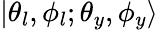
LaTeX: |\theta_{l},\phi_{l};\theta_{y},\phi_{y}\rangle